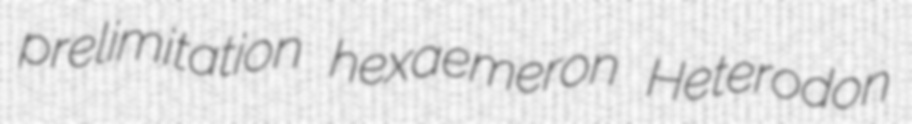
prelimitation hexaemeron Heterodon